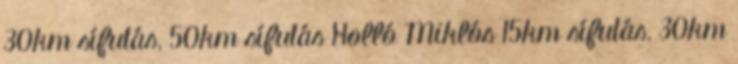
30km sífutás, 50km sífutás Holló Miklós 15km sífutás, 30km